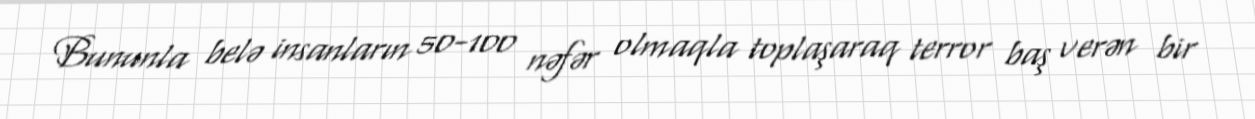
Bununla belə insanların 50-100 nəfər olmaqla toplaşaraq terror baş verən bir